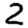
Digit: 2